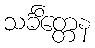
သင်္ခိတ္တေန